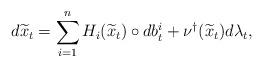
LaTeX: \begin{align*}d{\widetilde x}_t=\sum_{i=1}^nH_i({\widetilde x}_t)\circ db^i_t+\nu^\dagger({\widetilde x}_t)d\lambda_t,\end{align*}